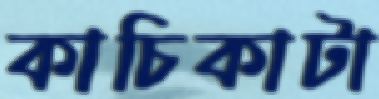
কাচিকাটা